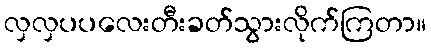
လှလှပပလေးတီးခတ်သွားလိုက်ကြတာ။